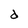
Character: d